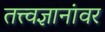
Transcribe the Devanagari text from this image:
तत्त्वज्ञानांवर